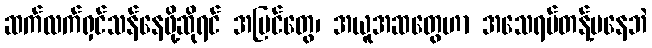
ဆက်လက်ရှင်သန်နေဖို့ဆိုရင် အမြင်တွေ၊ အယူအဆတွေဟာ အသေရပ်တန့်မနေဘဲ